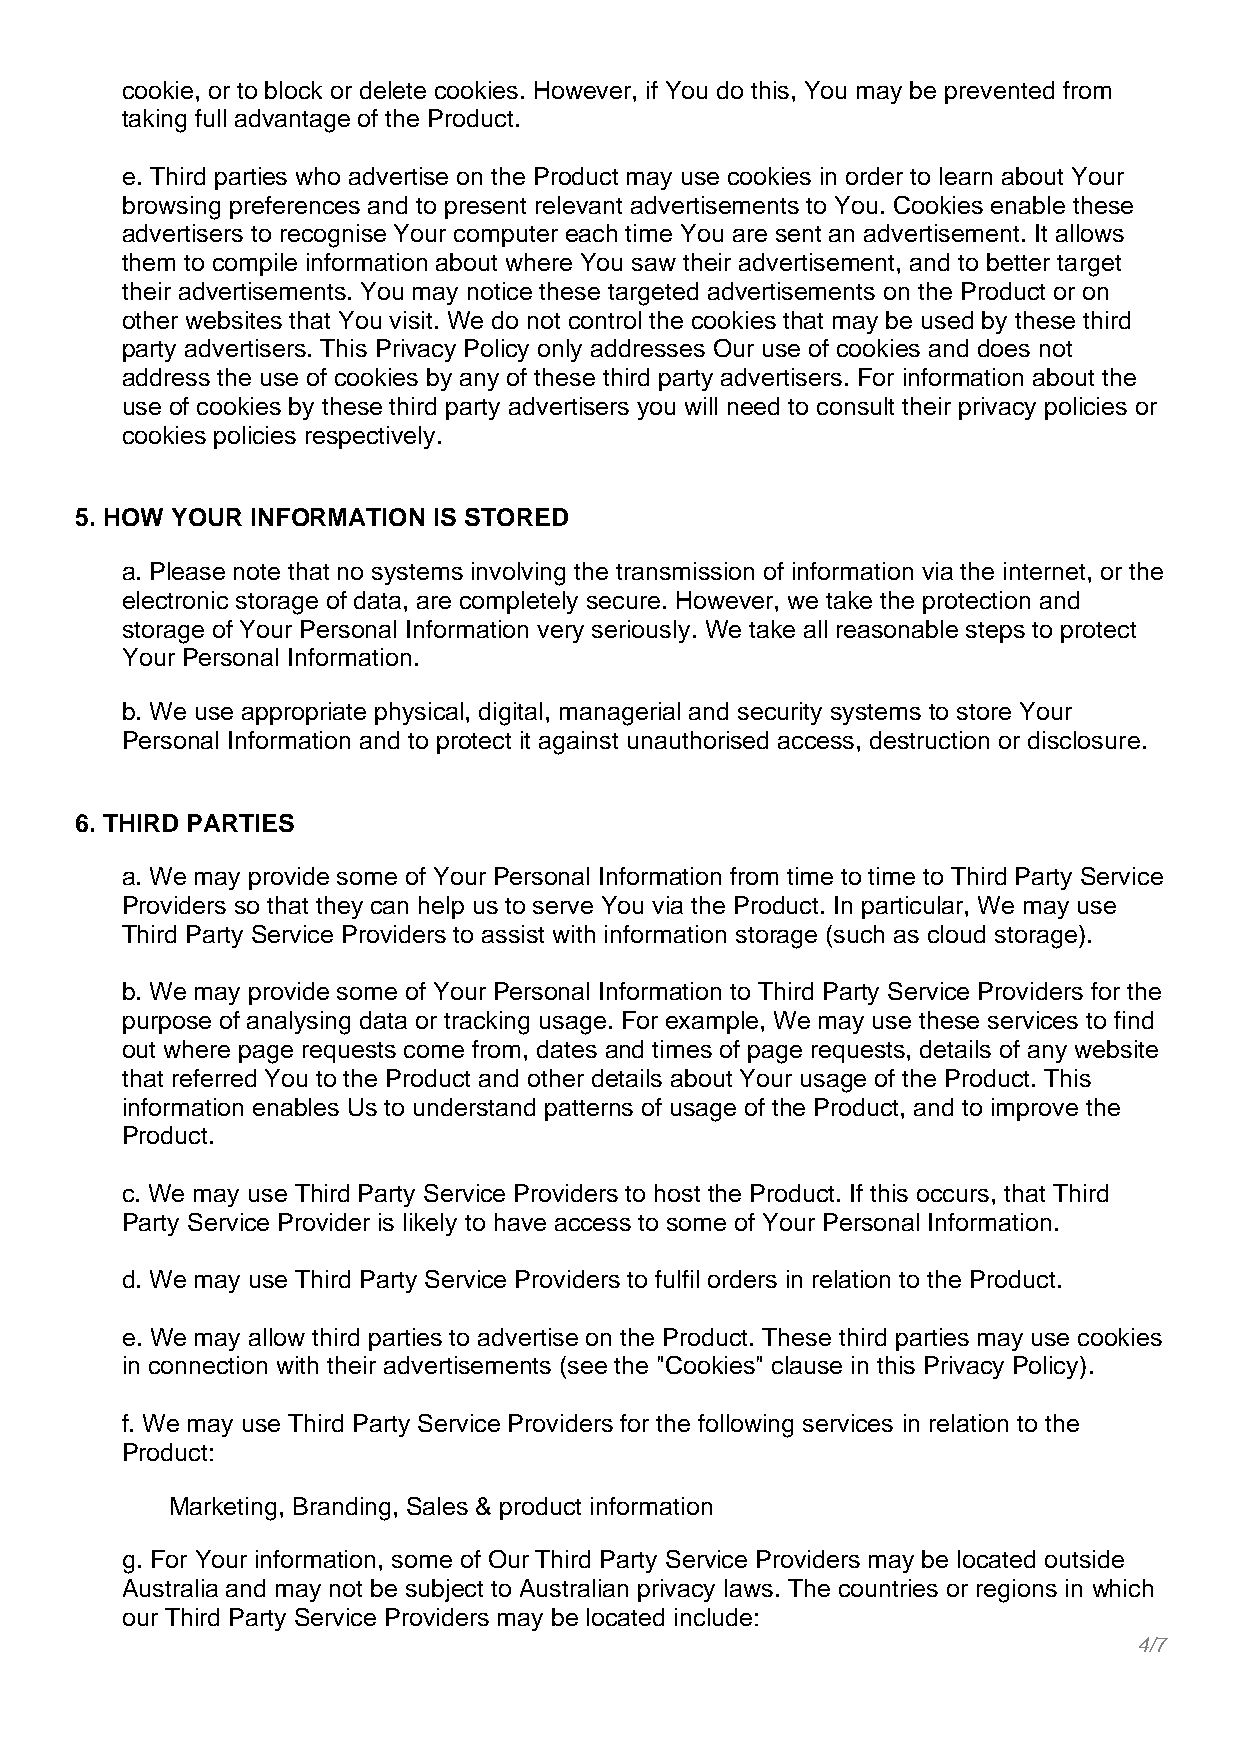
cookie, or to block or delete cookies. However, if You do this, You may be prevented from
 taking full advantage of the Product.
 e. Third parties who advertise on the Product may use cookies in order to learn about Your
 browsing preferences and to present relevant advertisements to You. Cookies enable these
 advertisers to recognise Your computer each time You are sent an advertisement. It allows
 them to compile information about where You saw their advertisement, and to better target
 their advertisements. You may notice these targeted advertisements on the Product or on
 other websites that You visit. We do not control the cookies that may be used by these third
 party advertisers. This Privacy Policy only addresses Our use of cookies and does not
 address the use of cookies by any of these third party advertisers. For information about the
 use of cookies by these third party advertisers you will need to consult their privacy policies or
 cookies policies respectively.
 5. HOW YOUR INFORMATION IS STORED
 a. Please note that no systems involving the transmission of information via the internet, or the
 electronic storage of data, are completely secure. However, we take the protection and
 storage of Your Personal Information very seriously. We take all reasonable steps to protect
 Your Personal Information.
 b. We use appropriate physical, digital, managerial and security systems to store Your
 Personal Information and to protect it against unauthorised access, destruction or disclosure.
 6. THIRD PARTIES
 a. We may provide some of Your Personal Information from time to time to Third Party Service
 Providers so that they can help us to serve You via the Product. In particular, We may use
 Third Party Service Providers to assist with information storage (such as cloud storage).
 b. We may provide some of Your Personal Information to Third Party Service Providers for the
 purpose of analysing data or tracking usage. For example, We may use these services to find
 out where page requests come from, dates and times of page requests, details of any website
 that referred You to the Product and other details about Your usage of the Product. This
 information enables Us to understand patterns of usage of the Product, and to improve the
 Product.
 c. We may use Third Party Service Providers to host the Product. If this occurs, that Third
 Party Service Provider is likely to have access to some of Your Personal Information.
 d. We may use Third Party Service Providers to fulfil orders in relation to the Product.
 e. We may allow third parties to advertise on the Product. These third parties may use cookies
 in connection with their advertisements (see the "Cookies" clause in this Privacy Policy).
 f. We may use Third Party Service Providers for the following services in relation to the
 Product:
 Marketing, Branding, Sales & product information
 g. For Your information, some of Our Third Party Service Providers may be located outside
 Australia and may not be subject to Australian privacy laws. The countries or regions in which
 our Third Party Service Providers may be located include:
 4/7